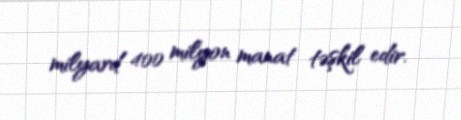
milyard 400 milyon manat təşkil edir.